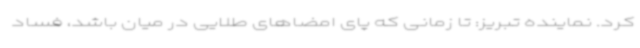
کرد. نماینده تبریز: تا زمانی که پای امضاهای طلایی در میان باشد، فساد